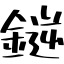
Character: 𫒼